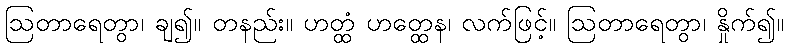
ဩတာရေတွာ၊ ချ၍။ တနည်း။ ဟတ္ထံ ဟတ္ထေန၊ လက်ဖြင့်။ ဩတာရေတွာ၊ နှိုက်၍။